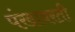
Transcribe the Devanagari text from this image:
पंखावरती